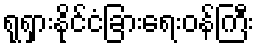
ရုရှားနိုင်ငံခြားရေးဝန်ကြီး